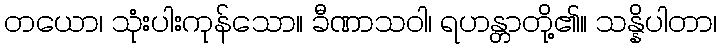
တယော၊ သုံးပါးကုန်သော။ ခီဏာသဝါ၊ ရဟန္တာတို့၏။ သန္နိပါတာ၊